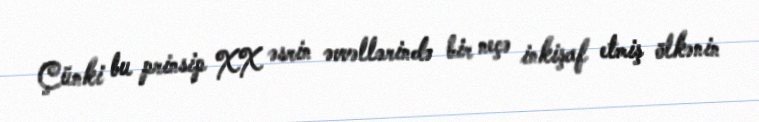
Çünki bu prinsip XX əsrin əvvəllərində bir neçə inkişaf etmiş ölkənin